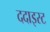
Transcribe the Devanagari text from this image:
ददाइस्ट